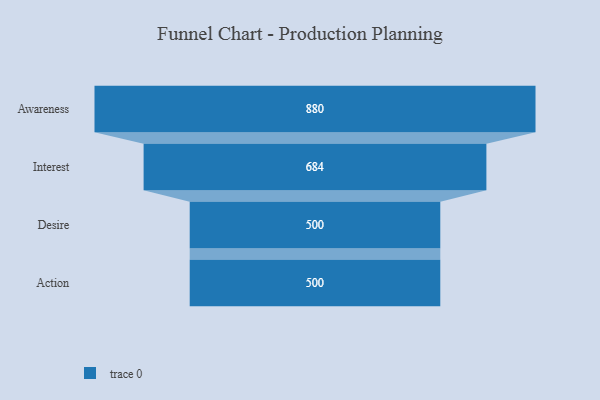
{"axis": {"x": "Stage", "y": "Value"}, "legend": [""], "data": [{"x": "Awareness", "y": 880.0, "type": ""}, {"x": "Interest", "y": 684.0, "type": ""}, {"x": "Desire", "y": 500, "type": ""}, {"x": "Action", "y": 500, "type": ""}]}